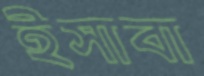
ইসাবা